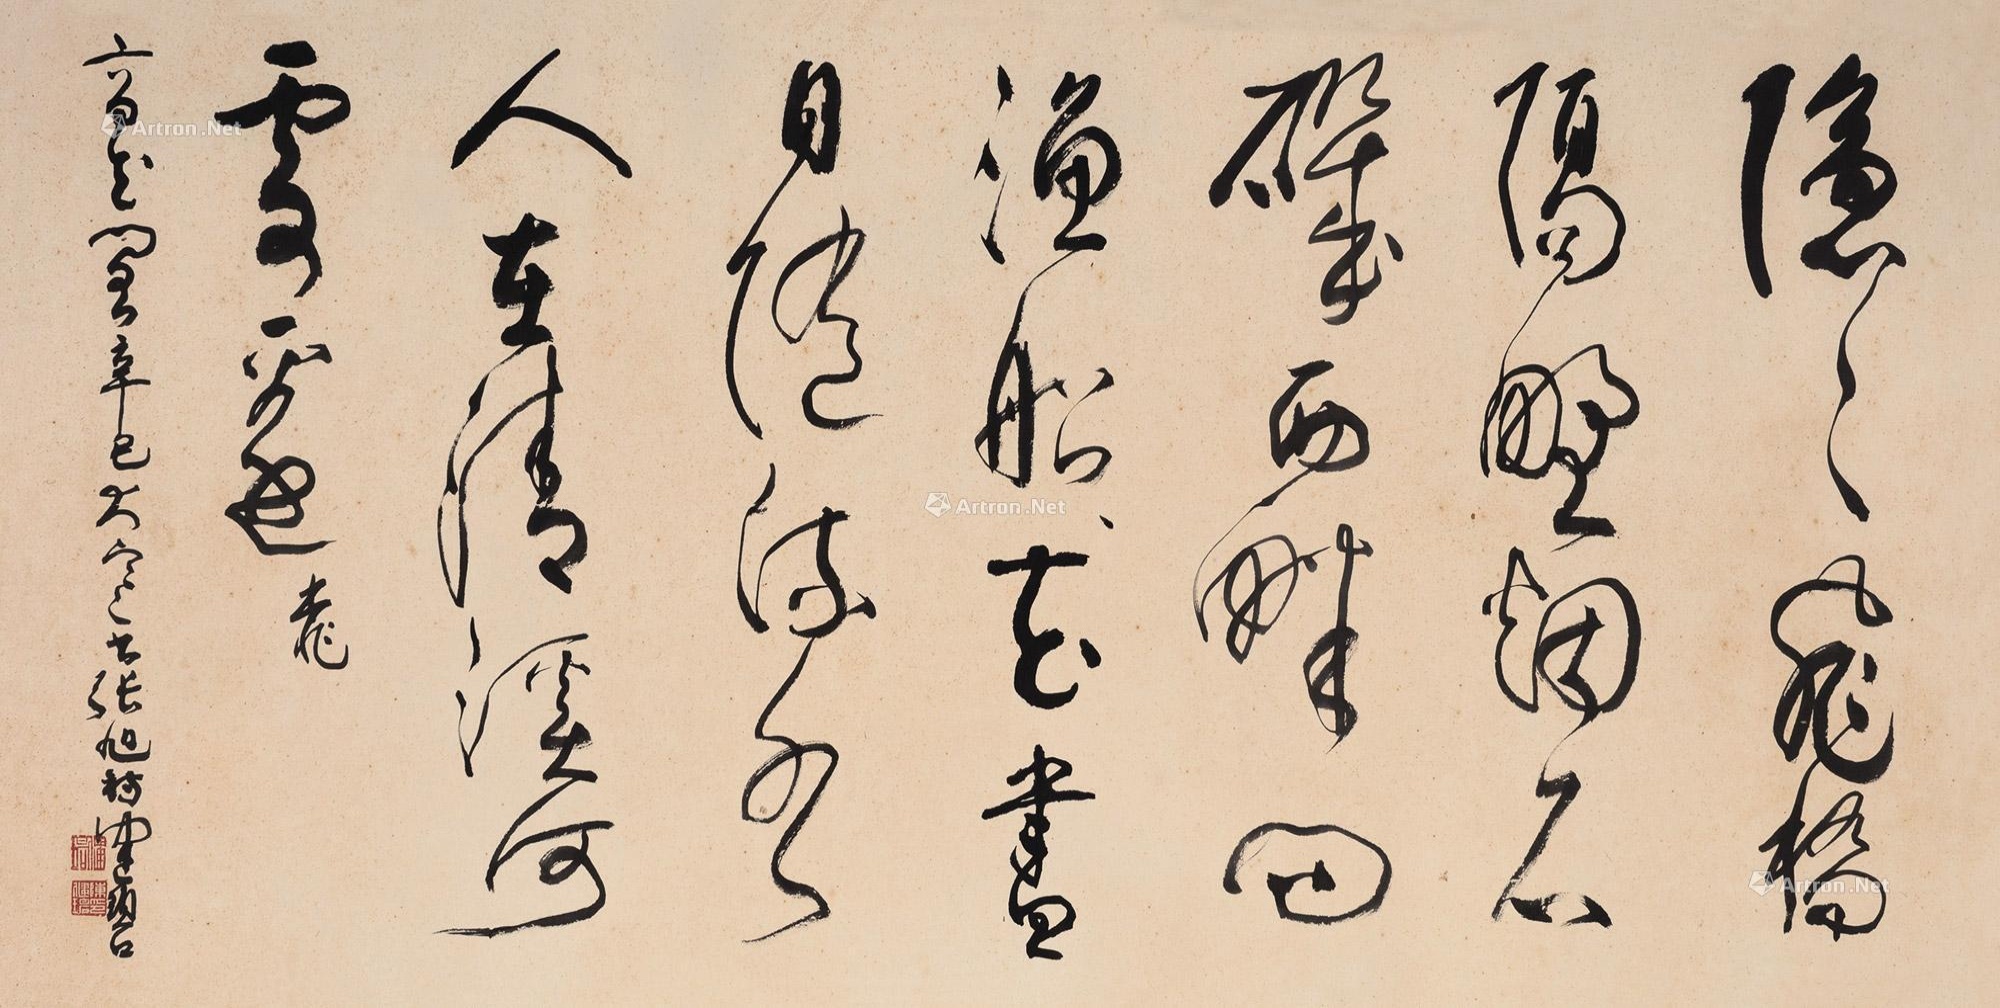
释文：隐隐飞桥隔野烟，石矶西畔问渔船。桃花尽日随流水，人在清溪何处边。高花阁辛巳大寒书张旭诗，健碧。